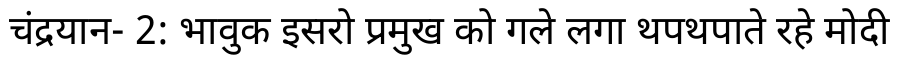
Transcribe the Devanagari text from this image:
चंद्रयान- 2: भावुक इसरो प्रमुख को गले लगा थपथपाते रहे मोदी